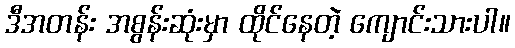
ဒီအတန်း အစွန်းဆုံးမှာ ထိုင်နေတဲ့ ကျောင်းသားပါ။